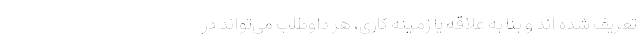
تعریف شده اند و بنا به علاقه یا زمینه کاری، هر داوطلب می‌تواند در